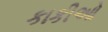
કાકીઓ